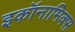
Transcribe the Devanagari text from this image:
इकॉनामिक्स